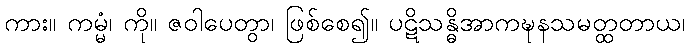
ကား။ ကမ္မံ၊ ကို။ ဇဝါပေတွာ၊ ဖြစ်စေ၍။ ပဋိသန္ဓိအာကဍ္ဎနသမတ္ထတာယ၊